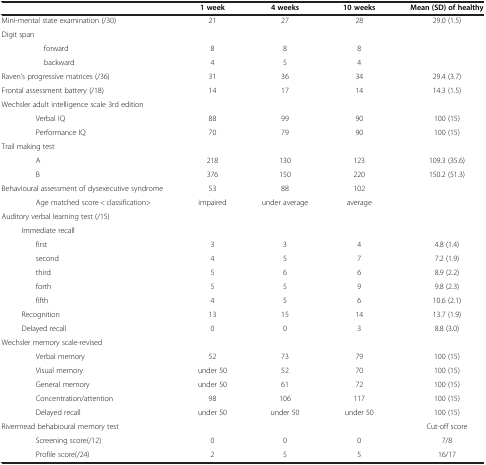
|  | 1 week | 4 weeks | 10 weeks | Mean (SD) of healthy |
 | --- | --- | --- | --- | --- |
 | Mini-mental state examination (/30) | 21 | 27 | 28 | 29.0 (1.5) |
 | Digit span |  |  |  |  |
 | forward | 8 | 8 | 8 |  |
 | backward | 4 | 5 | 4 |  |
 | Raven’s progressive matrices (/36) | 31 | 36 | 34 | 29.4 (3.7) |
 | Frontal assessment battery (/18) | 14 | 17 | 14 | 14.3 (1.5) |
 | Wechsler adult intelligence scale 3rd edition |  |  |  |  |
 | Verbal IQ | 88 | 99 | 90 | 100 (15) |
 | Performance IQ | 70 | 79 | 90 | 100 (15) |
 | Trail making test |  |  |  |  |
 | A | 218 | 130 | 123 | 109.3 (35.6) |
 | B | 376 | 150 | 220 | 150.2 (51.3) |
 | Behavioural assessment of dysexecutive syndrome | 53 | 88 | 102 |  |
 | Age matched score < classification> | impaired | under average | average |  |
 | Auditory verbal learning test (/15) |  |  |  |  |
 | Immediate recall |  |  |  |  |
 | first | 3 | 3 | 4 | 4.8 (1.4) |
 | second | 4 | 5 | 7 | 7.2 (1.9) |
 | third | 5 | 6 | 6 | 8.9 (2.2) |
 | forth | 5 | 5 | 9 | 9.8 (2.3) |
 | fifth | 4 | 5 | 6 | 10.6 (2.1) |
 | Recognition | 13 | 15 | 14 | 13.7 (1.9) |
 | Delayed recall | 0 | 0 | 3 | 8.8 (3.0) |
 | Wechsler memory scale-revised |  |  |  |  |
 | Verbal memory | 52 | 73 | 79 | 100 (15) |
 | Visual memory | under 50 | 52 | 70 | 100 (15) |
 | General memory | under 50 | 61 | 72 | 100 (15) |
 | Concentration/attention | 98 | 106 | 117 | 100 (15) |
 | Delayed recall | under 50 | under 50 | under 50 | 100 (15) |
 | Rivermead behabioural memory test |  |  |  | Cut-off score |
 | Screening score(/12) | 0 | 0 | 0 | 7/8 |
 | Profile score(/24) | 2 | 5 | 5 | 16/17 |